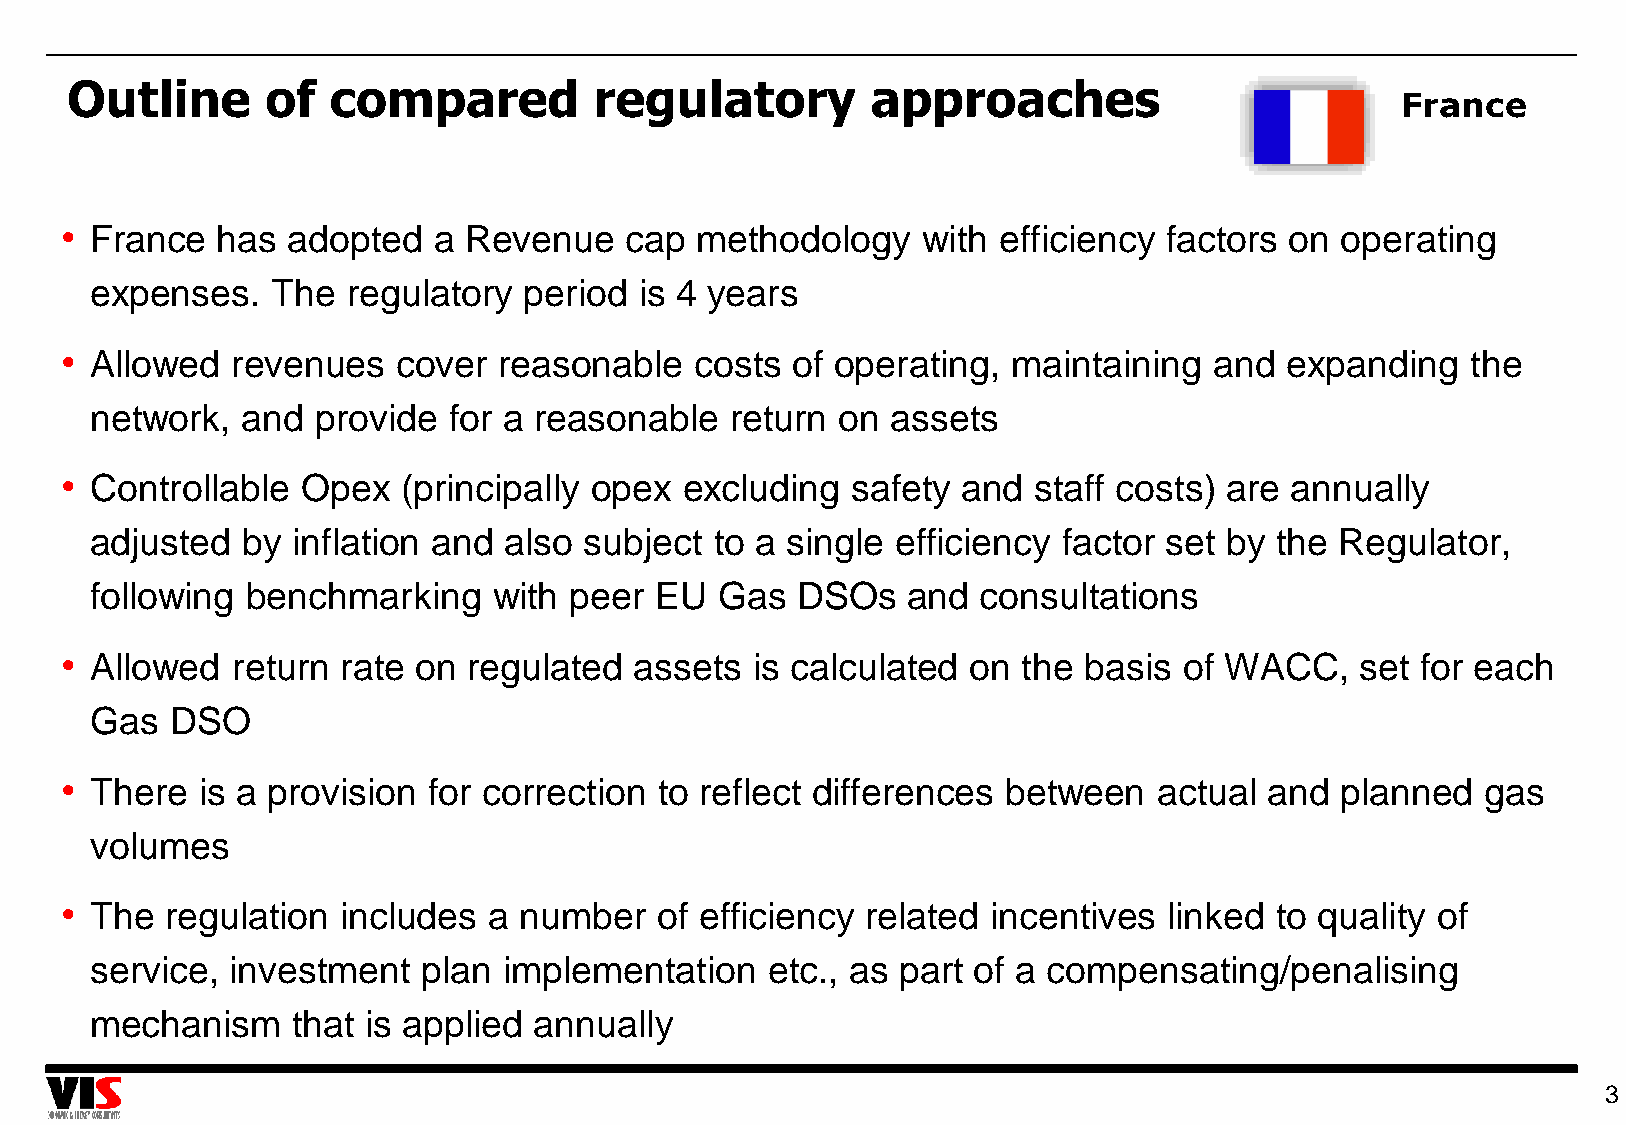
Outline       of  compared         regulatory         approaches
 France
 • France  has  adopted   a Revenue   cap  methodology    with efficiency factors on  operating
 expenses.   The  regulatory  period is 4 years
 • Allowed  revenues   cover  reasonable   costs of operating,  maintaining  and  expanding   the
 network,  and  provide  for a reasonable  return on  assets
 • Controllable  Opex   (principally opex excluding  safety  and staff costs) are annually
 adjusted  by inflation and also  subject to a single efficiency factor set by the  Regulator,
 following benchmarking     with peer EU  Gas   DSOs   and  consultations
 • Allowed  return  rate on regulated  assets  is calculated on  the basis of WACC,    set for each
 Gas  DSO
 • There  is a provision for correction  to reflect differences between   actual and  planned  gas
 volumes
 • The  regulation  includes a number   of efficiency related  incentives linked to quality of
 service, investment   plan implementation    etc., as part of a compensating/penalising
 mechanism    that is applied annually
 3